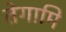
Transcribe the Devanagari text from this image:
तेगामि